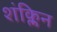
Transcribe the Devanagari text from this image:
शंक्लिन